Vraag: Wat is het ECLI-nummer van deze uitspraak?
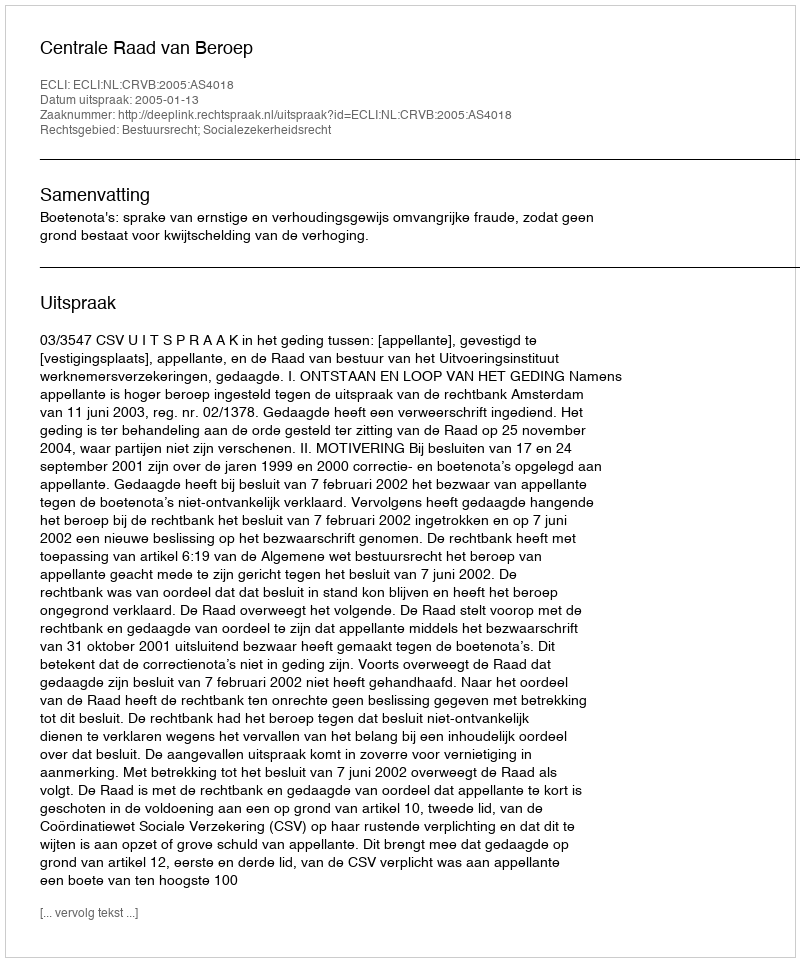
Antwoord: ECLI:NL:CRVB:2005:AS4018